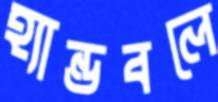
হ্যান্ডবলে